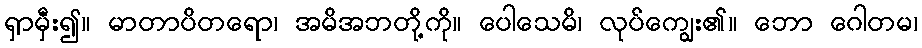
ရှာမှီး၍။ မာတာပိတရော၊ အမိအဘတို့ကို။ ပေါသေမိ၊ လုပ်ကျွေး၏။ ဘော ဂေါတမ၊